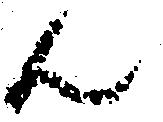
ん